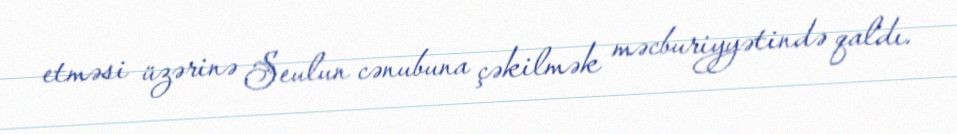
etməsi üzərinə Seulun cənubuna çəkilmək məcburiyyətində qaldı.